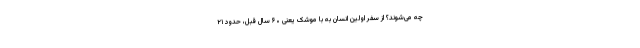
چه می‌شوند؟ از سفر اولین انسان به با موشک یعنی ۶۰ سال قبل، حدود ۲۱